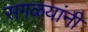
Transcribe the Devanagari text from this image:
सगळयांनी